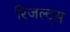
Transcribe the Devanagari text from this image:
रिजल्ट्स